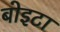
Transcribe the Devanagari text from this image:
बोइटा